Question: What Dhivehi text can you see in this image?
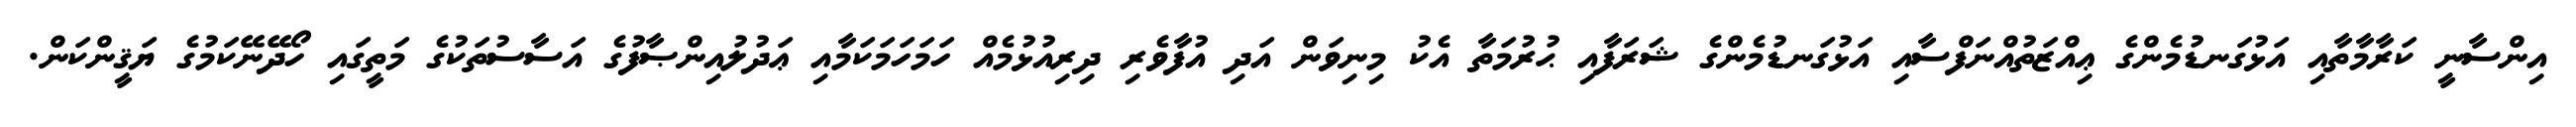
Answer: އިންސާނީ ކަރާމާތާއި އަޅުގަނޑުމެންގެ ޢިއްޒަތުއްނަފްސާއި އަޅުގަނޑުމެންގެ ޝަރަފާއި ޙުރުމަތާ އެކު މިނިވަން އަދި އުފާވެރި ދިރިއުޅުމެއް ހަމަހަމަކަމާއި ޢަދުލުއިންޞާފުގެ އަސާސުތަކުގެ މަތީގައި ހޯދޭނޭކަމުގެ ޔަޤީންކަން.